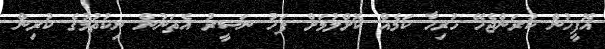
އޮފީހުން ކުރަންޖެހޭ ހުރިހާ ކަމެއް ކޮށްލުމަށް ފަހު ނަސީރު އެތަނުން ނިކުތުމުގެ ކުރިން